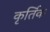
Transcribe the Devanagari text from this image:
कृर्तिक